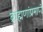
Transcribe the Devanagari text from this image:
ब्राह्मणांप्रमाणे